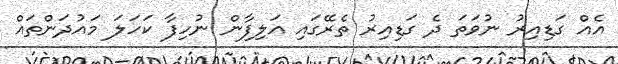
އެއް ގަޑިއިރު ނުވަތަ ދެ ގަޑިއިރު ތެރޭގައި އަލިފާން ނުހިފާ ކަހަލަ މައުދަންތައް